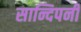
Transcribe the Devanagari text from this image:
सान्दिपनी